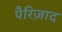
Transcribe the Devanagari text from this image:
पैरिज़ाद